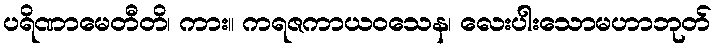
ပရိဏာမေတီတိ၊ ကား။ ကရဇကာယဝသေန၊ လေးပါးသောမဟာဘုတ်